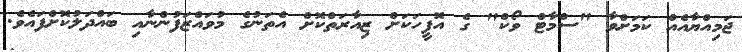
ޖަމިއްޔާއެއް ކަމަށްވާ "ސްމާޓް ވޯކް" ގެ އޮފީހަކަށް ޒިއާރަތްކޮށް އެތަނުގެ މުވައްޒަފުންނާއި ބައްދަލުކޮށްފައެވެ.